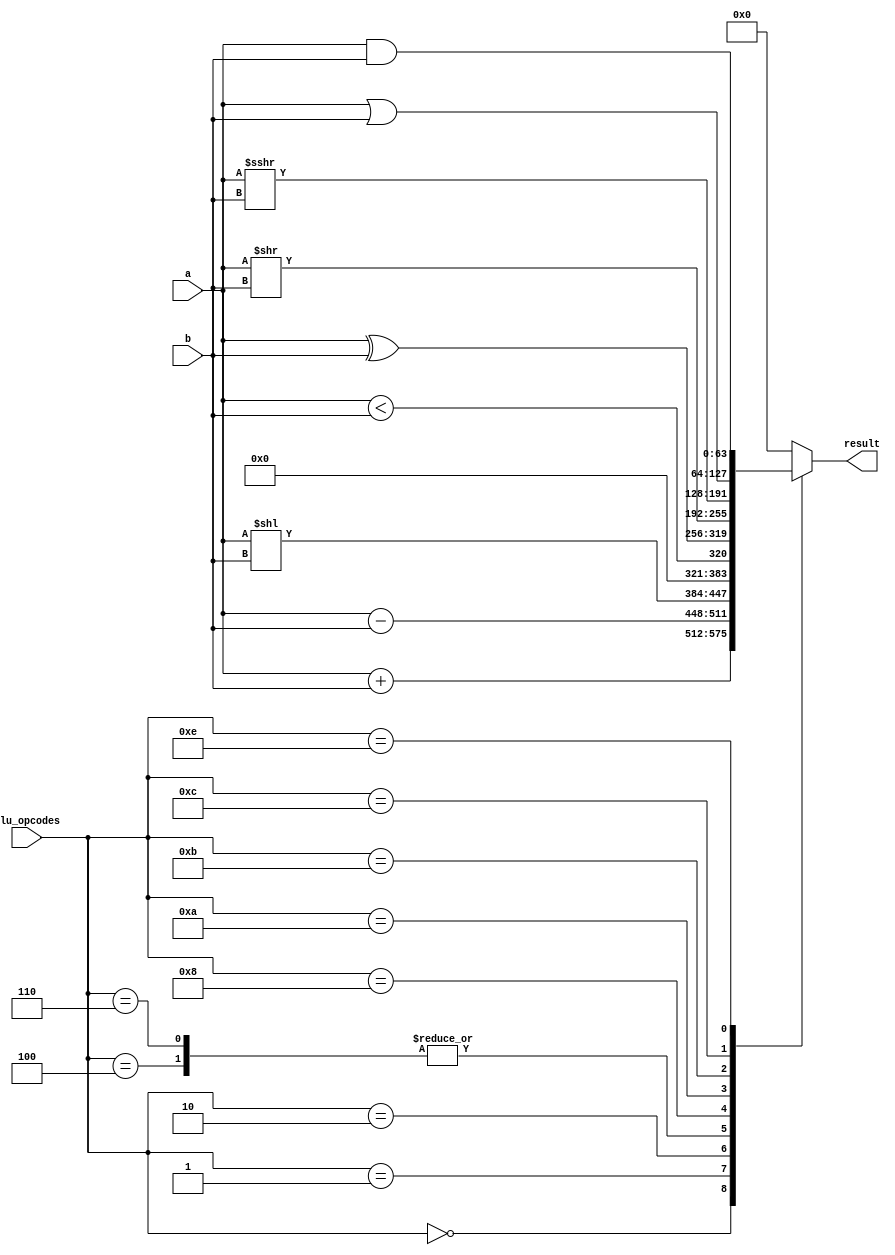
module alu(
  input [63:0] a,
  input [63:0] b,
  input [3:0] alu_opcodes,
  output reg [63:0] result
);

always @(*)
begin
  case (alu_opcodes)
    4'b0000: result = a + b;
    4'b0001: result = a - b;
    4'b0010: result = a << b;
    4'b0100: result = a < b;
	 4'b0110: result = a < $unsigned(b);
	 4'b1000: result = a ^ b;
	 4'b1010: result = a >> b;
	 4'b1011: result = a >>> b;
	 4'b1100: result = a | b;
	 4'b1110: result = a & b;
    default: result = 16'b0; // Handle undefined cases
  endcase
end

endmodule